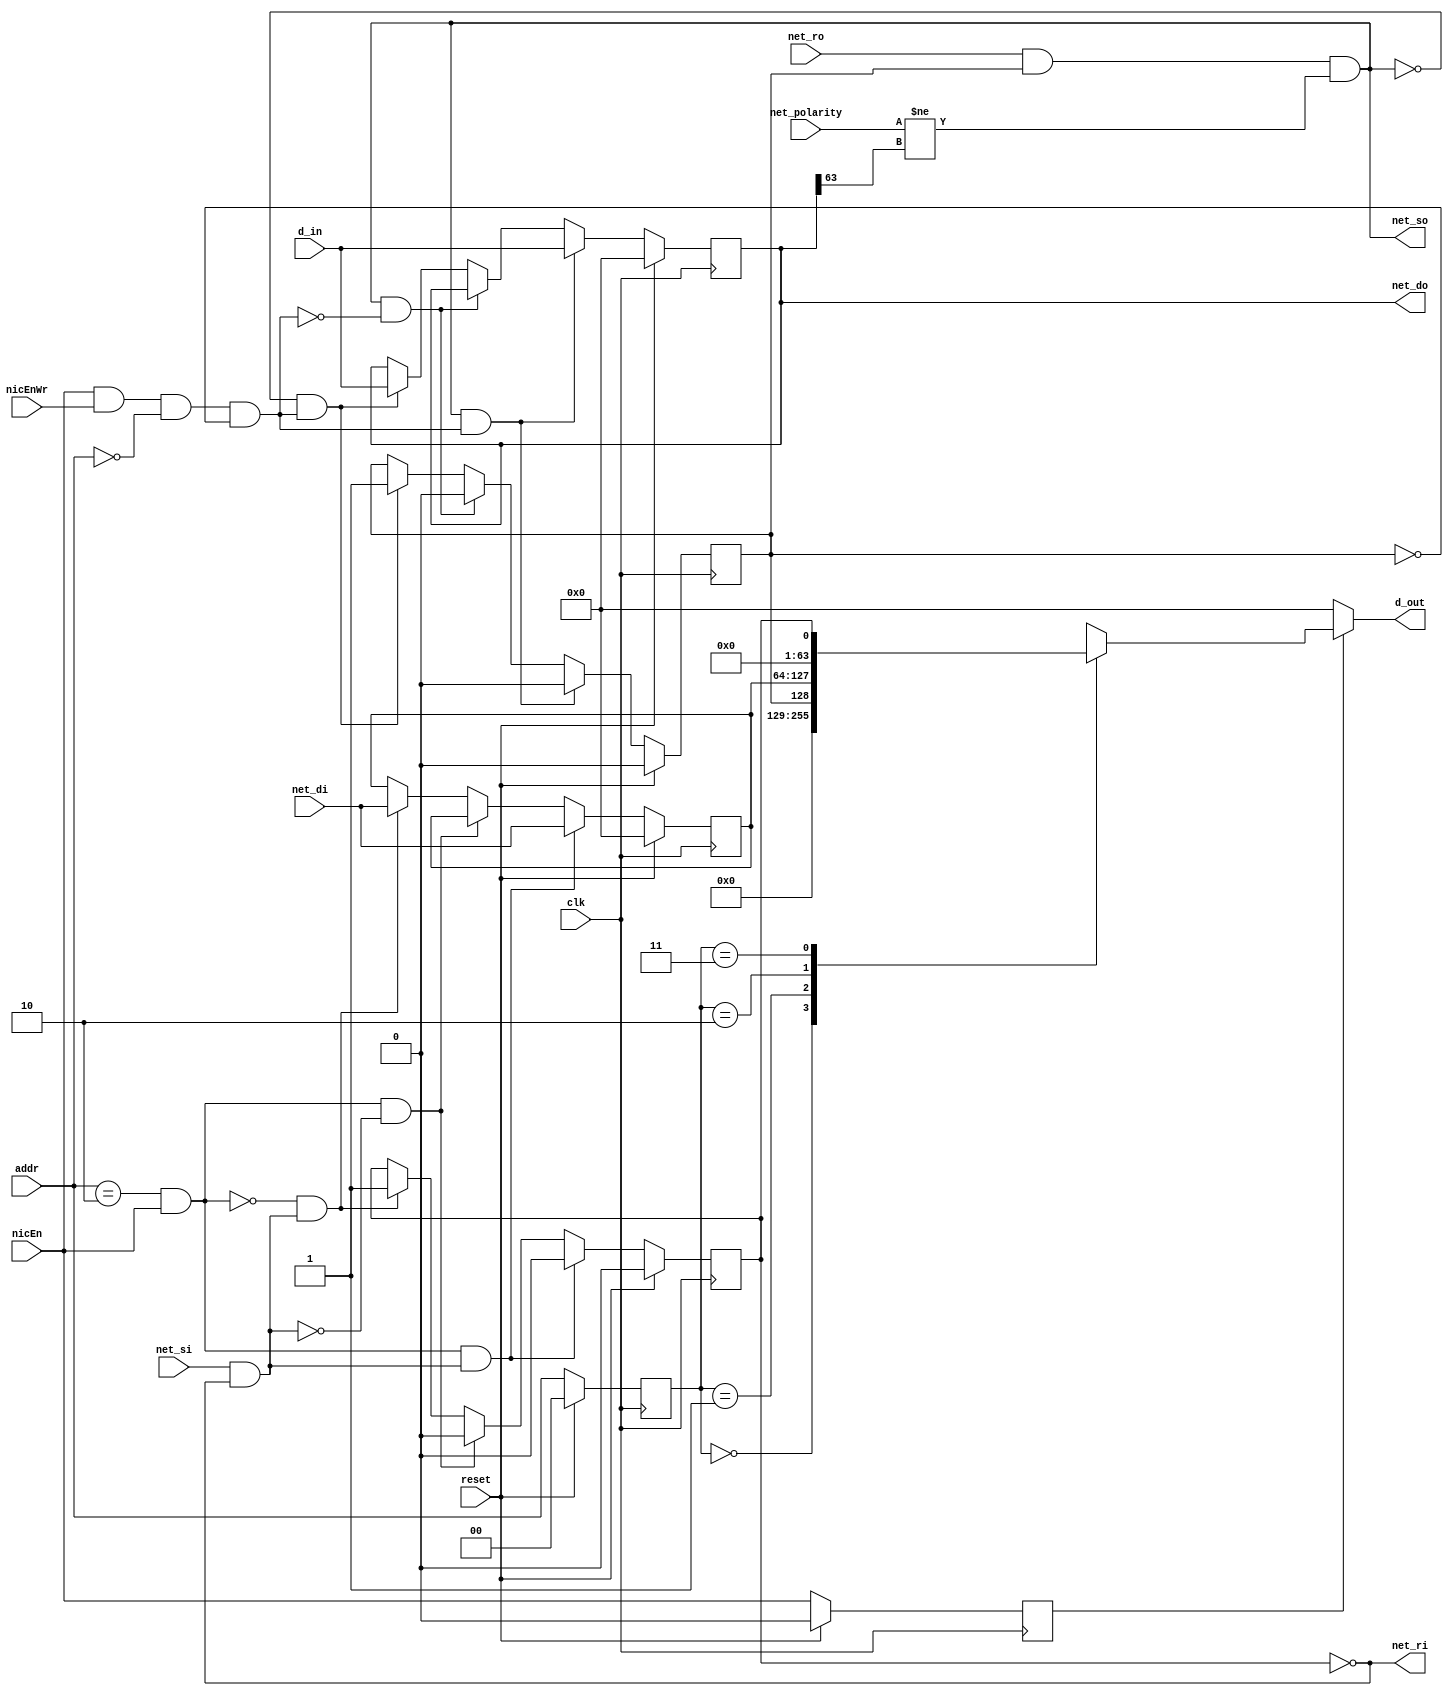
module gold_nic(clk, reset,addr,d_in,d_out,nicEn,nicEnWr, net_so,net_ro,net_do,net_polarity, net_si,net_ri,net_di);
input clk, reset;
input [0:1]addr;		// from processor -- reg to read
input [0:63]d_in;		// input packet from processor to inject to router
output reg [0:63]d_out; // content of reg data to be sent to processor
input nicEn;			// Enable signal to NIC, if '0', d_out = 0
input nicEnWr; 			// if '1' along with nicEn, write to out_ch_buff
output reg net_so;			// valid packet to send to router ready
input net_ro;			// router ready to accept paket from NIC
output reg [0:63]net_do;	// output packet data from NIC to router
input net_polarity;		// polarity indication
input net_si;			// indicates router wants to send data to in_ch_buff
output reg net_ri;			//indicates if in_ch_buff is empty
input [0:63]net_di;

reg [0:63] inp_buffer;
reg [0:1] reg_addr;
reg reg_nicEn;
reg reg_nicEnWr;
reg inp_stat_reg;
reg out_stat_reg;
reg inp_bufferRdEn; 
reg inp_bufferWrEn;
reg out_bufferRdEn;
reg out_bufferWrEn;
reg packet_polarity;

// combinational block 
always @(*) 
	begin
		if (reg_nicEn == 1'b0)
			begin
				d_out = 0;
			end
		else 
			begin
				case(reg_addr)
					2'b00: d_out = 64'b0;  //processor to router data ; processor knows the data it is writin to the NIC so I have put d_out = 0.
					2'b01: d_out = {63'b0, out_stat_reg};
					2'b10: d_out = inp_buffer;
					2'b11: d_out = {63'b0, inp_stat_reg};
					default: d_out= 64'b0;
				endcase
			end
		net_ri = (inp_stat_reg == 1'b0); //ready should be enable/1 when the input buffer is not full/ is empty i.e input status register is 0
		packet_polarity = net_do[0];
		
		//Send from nic to ring when buffer full, net_ready, and  opposite polarity exteral to router
		net_so =  (net_ro==1) & (out_stat_reg == 1'b1) & (net_polarity!=packet_polarity);
		inp_bufferRdEn = (addr == 2'b10) && nicEn;
		inp_bufferWrEn = (net_si==1) && (inp_stat_reg == 1'b0);
		out_bufferRdEn = net_so;
		out_bufferWrEn = nicEn && nicEnWr && (addr == 2'b00) && (out_stat_reg == 1'b0);
	end

// sequential block 
always @(posedge clk) begin
	if (reset)
		begin

			inp_buffer <= 0;
			inp_stat_reg <= 0;
			reg_nicEn <= 0;
			out_stat_reg <= 0;
			net_do <= 0;
			reg_addr <= 0;
			reg_nicEnWr <= 0;
		end
	else
		begin
			reg_addr <= addr;
			reg_nicEnWr <= nicEnWr;
			reg_nicEn <= nicEn;

			if (out_bufferRdEn && out_bufferWrEn)           
				begin
					net_do <=d_in;
					out_stat_reg <= 0;
				end	

			else if (out_bufferRdEn && !out_bufferWrEn)
				begin
					out_stat_reg <= 0;
				end
			else if ( !out_bufferRdEn && out_bufferWrEn)
				begin
					net_do <= d_in;
					out_stat_reg <= 1;
				end
				                                              // if (out_bufferRdEn == 0 && out_bufferWrEn == 0) then no change should happen to the out_stat_reg value to prevent any overwrite of data
			if (inp_bufferRdEn && inp_bufferWrEn)
				begin
					inp_buffer <= net_di;
					inp_stat_reg <= 0;
				end
			else if(inp_bufferRdEn && !inp_bufferWrEn)
				begin
					inp_stat_reg <= 0;
				end			
			else if (!inp_bufferRdEn && inp_bufferWrEn)
				begin
					inp_buffer <= net_di;
					inp_stat_reg <= 1;
				end            								  // if (inp_bufferRdEn == 0 && inp_bufferWrEn == 0) then no change should happen to the in_stat_reg value to prevent any overwrite of data
				
		end
	end	
	
endmodule